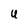
Character: U